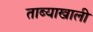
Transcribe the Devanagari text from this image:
ताब्याखाली